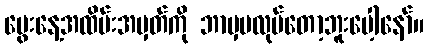
မွေးနေ့အထိမ်းအမှတ်ကို ဘာမှမလုပ်တော့ဘူးပေါ့နော်။